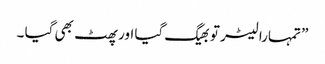
” تمہارا لیٹر تو بھیگ گیا اور پھٹ بھی گیا ۔